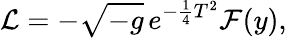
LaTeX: {\cal L}=-\sqrt{-g}\thinspace e^{-\frac{1}{4}T^{2}}{\cal F}(y),